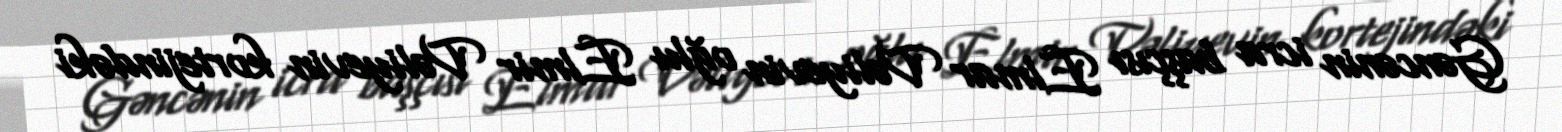
Gəncənin icra başçısı Elmar Vəliyevin oğlu Elmir Vəliyevin kortejindəki